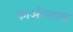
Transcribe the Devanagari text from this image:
काओप्लान्ड